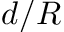
d / R